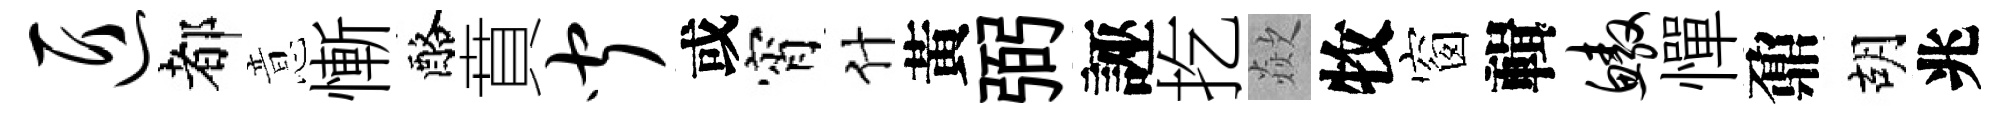
匠都意慚酪賁闻或宵什黃弼誣扢歘牧窗輯鳌憚鼐胡兆